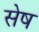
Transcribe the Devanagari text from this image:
सेष